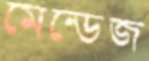
মেন্ডেজ